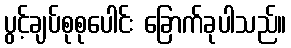
ပွင့်ချပ်စုစုပေါင်း ခြောက်ခုပါသည်။